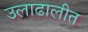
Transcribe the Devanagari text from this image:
उलाढालीत